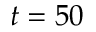
t = 5 0